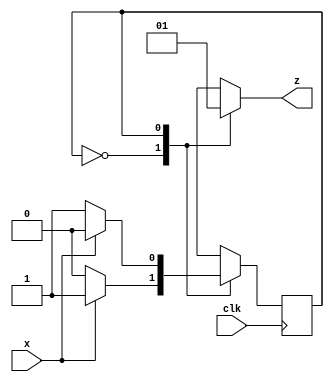
module parity_gen(x,clk,z);
	input x,clk;
	output reg z;
	reg even_odd; // machine state
	parameter EVEN=0, ODD=1;

	always @(posedge clk)
		case(even_odd)
			EVEN: even_odd <= x ? ODD : EVEN ;
			ODD:even_odd <= x ? EVEN : ODD ;
			default: even_odd <= EVEN;
		endcase
	always @(even_odd)
		case(even_odd)
			EVEN: z = 0;
			ODD : z = 1;
		endcase
endmodule